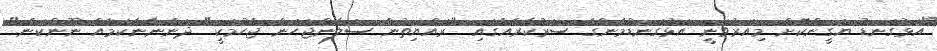
"އަޅުގަނޑު ޔަގީންކޮށް މިއަރުވަނީ އަޅުގަނޑުމެންގެ ސަރުކާރެއްގައި "ރައްޔިތުން ސަލާންޖަހަން ޖެހުމަކީ" ދަންނާނެކަމެއް ނޫންކަން."